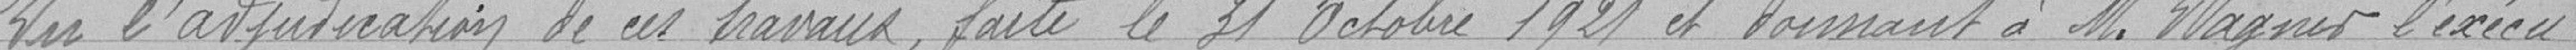
Vu l'adjudication de ces travaux fait le 31 Octobre 1921 et donnant à M. Wagner l'exécu